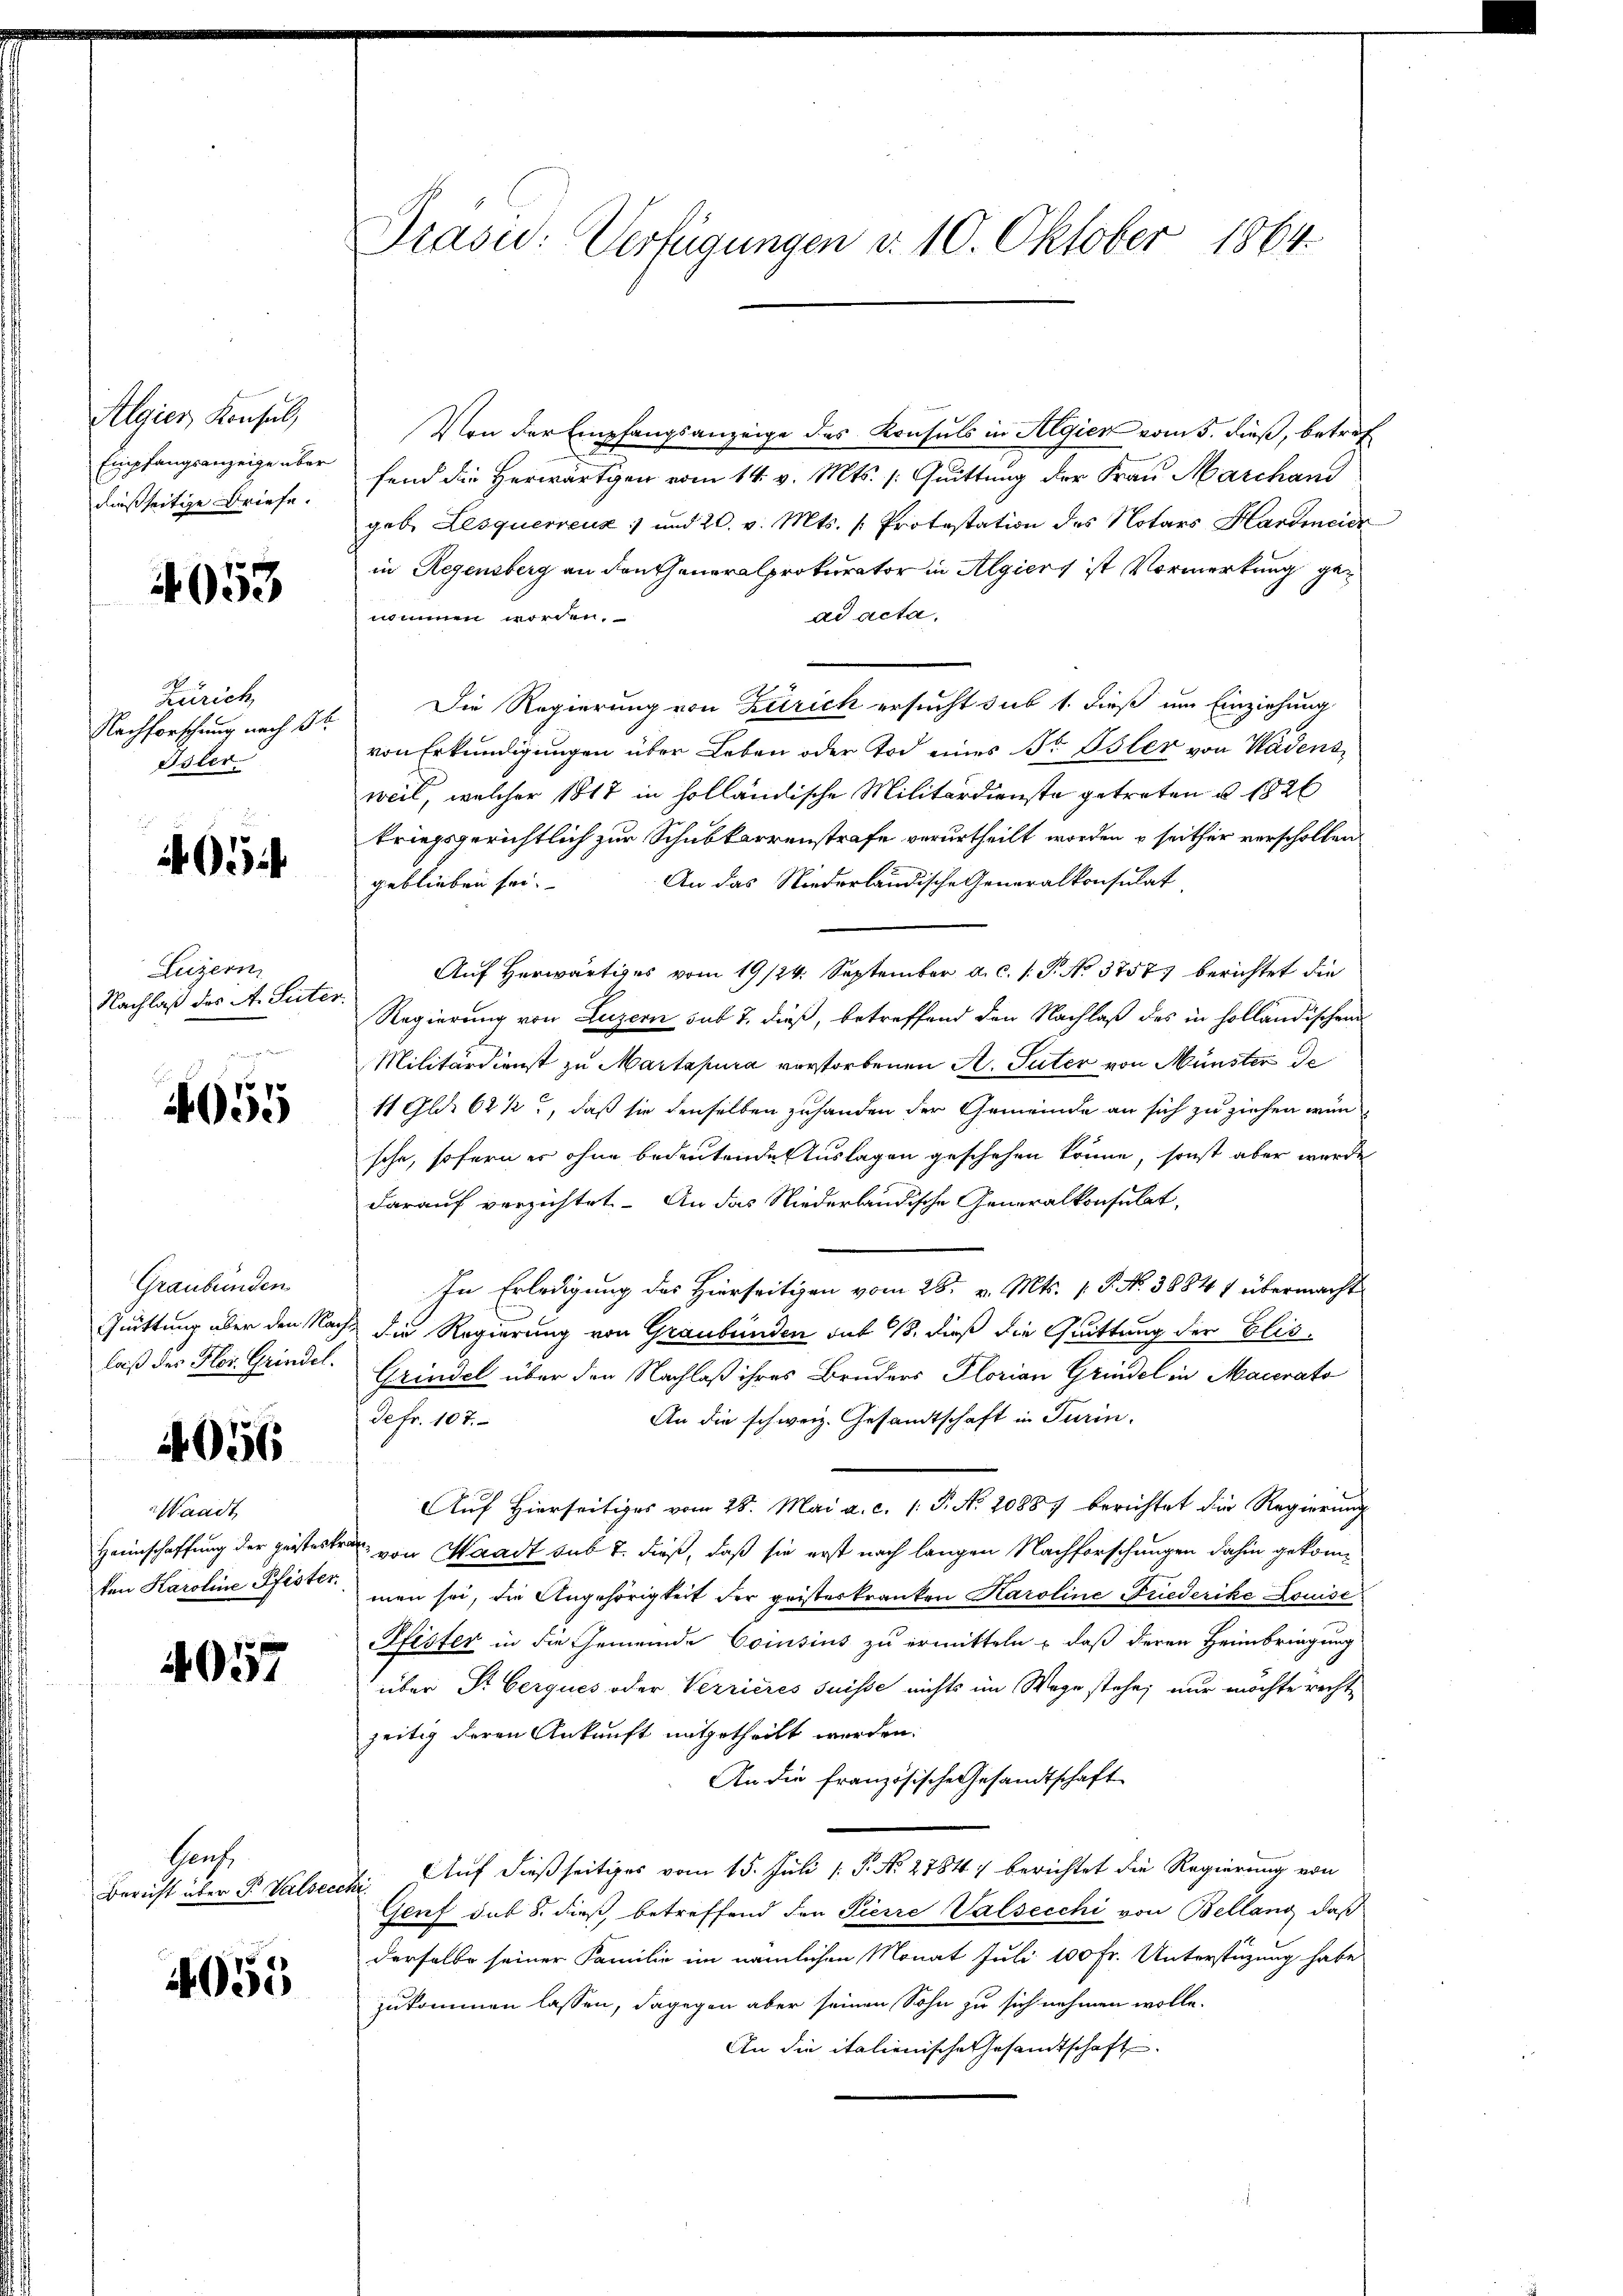
Algier Konsul,
Empfangsanzeige über
daßseitige Briefe.

4053

Zürich
Nachforschung nach Br
Oster.

i

Luzern,
Nachlaß des A. Suter
zu Sinnern der unter von einen

055

Graubünden
Quittung über den Nach
laß des Flor. Grindel.

4056

Waadt
Heimschaffung der geisterke
ten Karoline Pfister

4057

Haus
Bericht über P. Valser

055

Präsid.: Verfügungen d. 10. Oktober 1864.

Von der Empfangsanzeige des Konsuls in Algien vom 5. dieß, betref
fend die Herwärtigen vom 14. v. Mts. /: Quittung der Frau Marchand
geb. Lesquerrenz :/ und 20. v. Mts. (: Protestation des Notars Hardmeier
in Regensberg an den Generalprokurator in Algiers ist Vormerkung genommen worden.
ad acta,
Die Regierung von Zürich ersucht sub 1. dieß um Einziehung
von Erkundigungen über Leben oder Tod eines Dr Ester von Wädensweil, welcher 1817 in holländische Militärdienste getreten u. 182
kriegsgerichtlich zur Schubkarrenstrafe verurtheilt worden & seither verschollen
An das Niederländische Generalkonsulat
geblieben sei.
Auf Herwärtiges vom 19/24. September a. c. 1. P. No. 3757 berichtet die
Regierung von Luzern sub 7. dieß, betreffend den Nachlaß des in holländischen
Militärdienst zu Martepia verstorbenen A. Suter von Münster de
11 Gld. 62 1/2, daß sie denselben zuhanden der Gemeinde an sich zu ziehen wür
sche, sofern es ohne bedeutende Auslagen geschehen könne, sonst aber wurde
darauf verzichtet. An das Niederländische Generalkonsulat,
In Erledigung des Hierseitigen vom 26. v. Mts. 1. P. No 3884 f übermacht
die Regierung von Graubünden sub 15, dieß die Quittung der Elis¬
Grindel über den Nachlaß ihres Bruders Florian Grindel in Macerato
defr. 107.
An die schweiz. Gesandtschaft in Turin.
Auf Hierseitiges vom 28. Mai a. c. (T. N. 2088. berichtet die Regierung
 von Waadt sub 7. dieß, daß sie erst nach langen Nachforschungen dahin gekommen sei, die Angehörigkeit der geisterkranken Karoline Friederike Louisc
Pfister in die Gemeinde Comisius zu ermitteln – daß deren Heimbringung
über St. Gerques oder Verrieres suisse nichts im Wege stehe; nur möchte rechte
zeitig deren Ankunft mitgetheilt werden.
An die französische Gesandtschaft
 Auf dießseitiges vom 15. Juli [ P. No 2784.) berichtet die Regierung von
Genf sub 8. dieß, betreffend den Pierre Valsecchi von Bellang, daß
derselbe seiner Familie im nämlichen Monat Juli 100 Fr. Unterstüzung habe
zukommen lassen, dagegen aber seinen Sohn zu sich nehmen wolle.
An die italienische Gesandtschaft